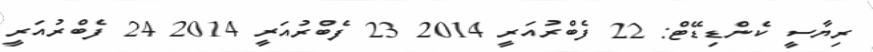
ރިޔާސީ ކެންޑިޑޭޓް: 22 ފެބްރުއަރީ 2014 23 ފެބްރުއަރީ 2014 24 ފެބްރުއަރީ